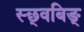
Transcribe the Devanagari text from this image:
स्छ्वबिङ्